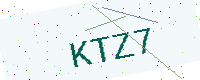
Text: KTZ7